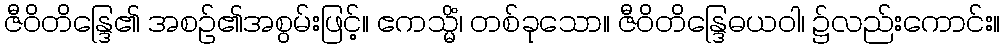
ဇီဝိတိန္ဒြေ၏ အစဉ်၏အစွမ်းဖြင့်။ ဧကသ္မိံ၊ တစ်ခုသော။ ဇီဝိတိန္ဒြေဓယဝါ၊ ၌လည်းကောင်း။